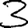
Digit: 3